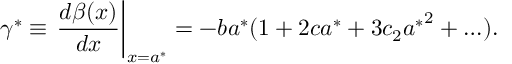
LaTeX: \gamma ^ { * } \equiv \left. \frac { d \beta ( x ) } { d x } \right| _ { x = a ^ { * } } = - b a ^ { * } ( 1 + 2 c a ^ { * } + 3 c _ { 2 } { a ^ { * } } ^ { 2 } + \ldots ) .